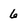
Character: 6